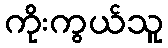
ကိုးကွယ်သူ